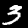
Label: 3